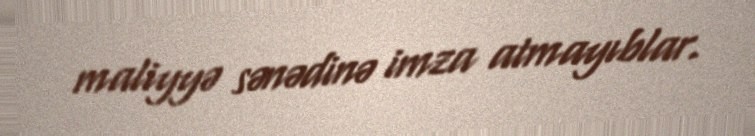
maliyyə sənədinə imza atmayıblar.